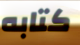
كتابه